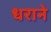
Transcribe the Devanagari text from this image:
धराने